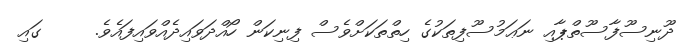
ދޫނިސޫފާސޫތްޕާއި ނަޢަމުސޫފިތަކުގެ ހިތްތަކަށްވެސް ފިނިކަން ހޯއްދަވައިދެއްވައިފައެވެ.     ގައި